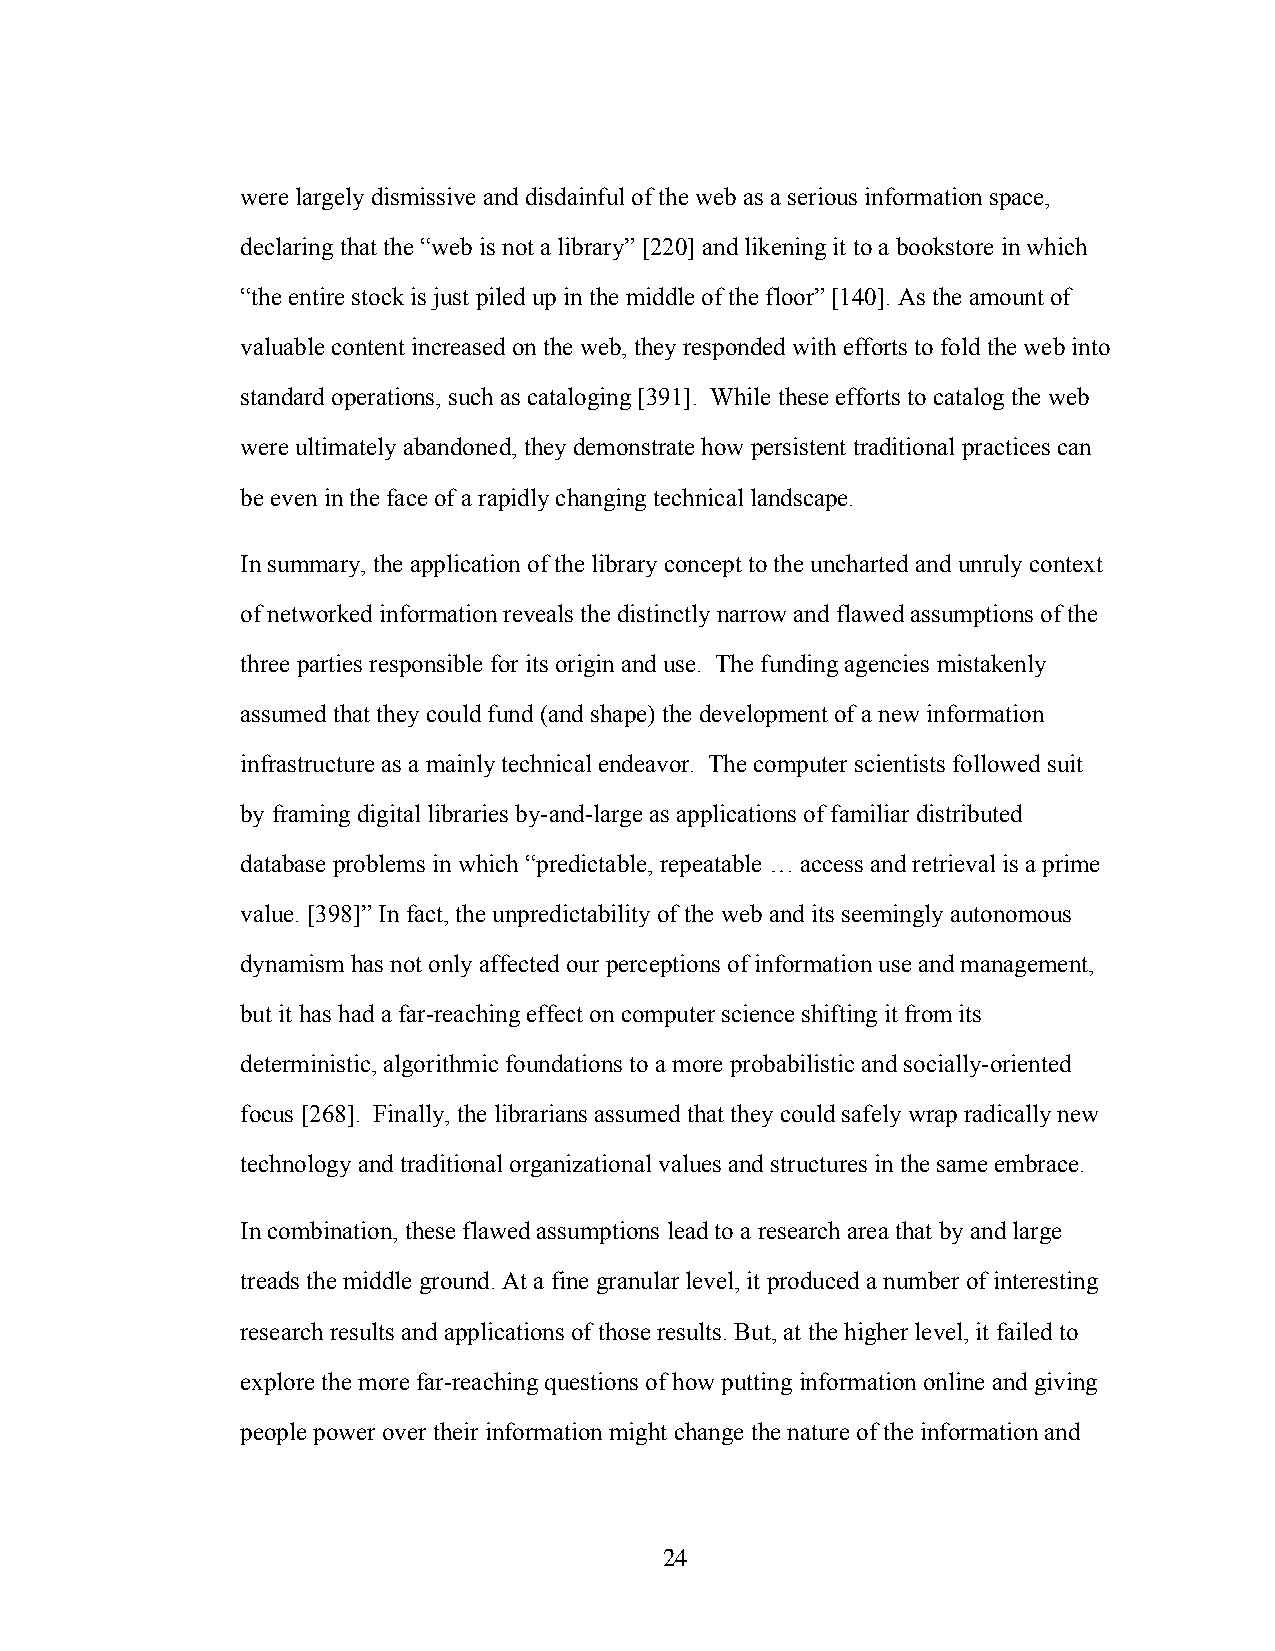
were largely dismissive and disdainful of the web as a serious information space,
 declaring that the “web is not a library” [220] and likening it to a bookstore in which
 “the entire stock is just piled up in the middle of the floor” [140]. As the amount of
 valuable content increased on the web, they responded with efforts to fold the web into
 standard operations, such as cataloging [391]. While these efforts to catalog the web
 were ultimately abandoned, they demonstrate how persistent traditional practices can
 be even in the face of a rapidly changing technical landscape.
 In summary, the application of the library concept to the uncharted and unruly context
 of networked information reveals the distinctly narrow and flawed assumptions of the
 three parties responsible for its origin and use. The funding agencies mistakenly
 assumed that they could fund (and shape) the development of a new information
 infrastructure as a mainly technical endeavor. The computer scientists followed suit
 by framing digital libraries by-and-large as applications of familiar distributed
 database problems in which “predictable, repeatable … access and retrieval is a prime
 value. [398]” In fact, the unpredictability of the web and its seemingly autonomous
 dynamism has not only affected our perceptions of information use and management,
 but it has had a far-reaching effect on computer science shifting it from its
 deterministic, algorithmic foundations to a more probabilistic and socially-oriented
 focus [268]. Finally, the librarians assumed that they could safely wrap radically new
 technology and traditional organizational values and structures in the same embrace.
 In combination, these flawed assumptions lead to a research area that by and large
 treads the middle ground. At a fine granular level, it produced a number of interesting
 research results and applications of those results. But, at the higher level, it failed to
 explore the more far-reaching questions of how putting information online and giving
 people power over their information might change the nature of the information and
 24